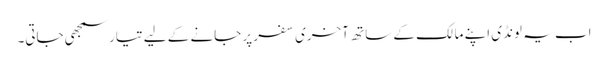
اب یہ لونڈی اپنے مالک کے ساتھ آخری سفر پر جانے کے لیے تیار سمجھی جاتی۔